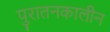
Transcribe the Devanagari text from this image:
पुरातनकालीन